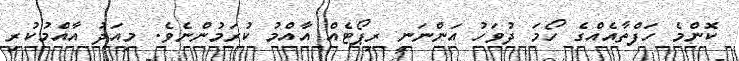
ކޮންމެ ހަފްތާއެއްގެ ހޯމަ ދުވަހު އަންނަނީ ރިޕޯޓެއް އާއްމު ކުރަމުންނެވެ. މިއަދު އާއްމުކުރި